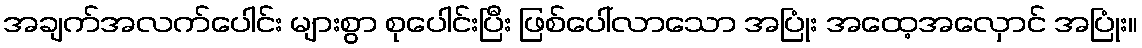
အချက်အလက်ပေါင်း များစွာ စုပေါင်းပြီး ဖြစ်ပေါ်လာသော အပြုံး အထေ့အလှောင် အပြုံး။